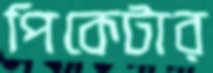
পিকেটার